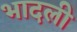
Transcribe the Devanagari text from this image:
भादली